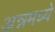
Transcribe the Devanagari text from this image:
अन्नमध्ये